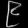
Digit: ၉